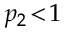
p _ { 2 } \! < \! 1